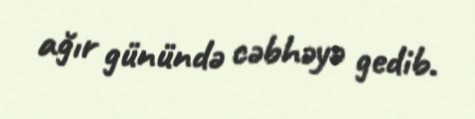
ağır günündə cəbhəyə gedib.